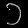
Digit: ၁